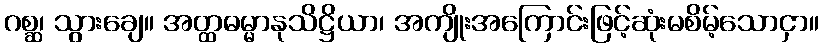
ဂစ္ဆ၊ သွားချေ။ အတ္ထဓမ္မာနုသိဋ္ဌိယာ၊ အကျိုးအကြောင်းဖြင့်ဆုံးမစိမ့်သောငှာ။